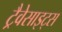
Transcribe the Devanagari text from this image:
ट्रैवेसाइट्स